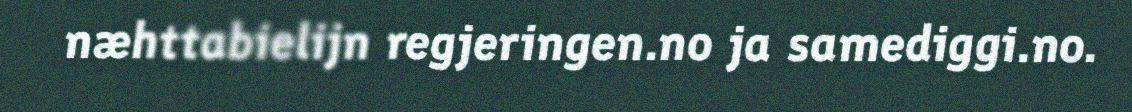
næhttabielijn regjeringen.no ja samediggi.no.